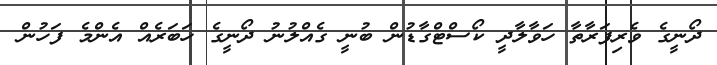
ދޯނީގެ ވެރިފަރާތާ ހަވާލާދީ ކޯސްޓްގާޑުން ބުނީ ގެއްލުނު ދޯނީގެ ހަބަރެއް އެންމެ ފަހުން